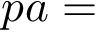
p a =